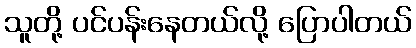
သူတို့ ပင်ပန်းနေတယ်လို့ ပြောပါတယ်